Annual report of the Bengal Veterinary College and of the Civil Veterinary Department, Bengal, for the year 1919-20 - 1919-1920
Year: 1919
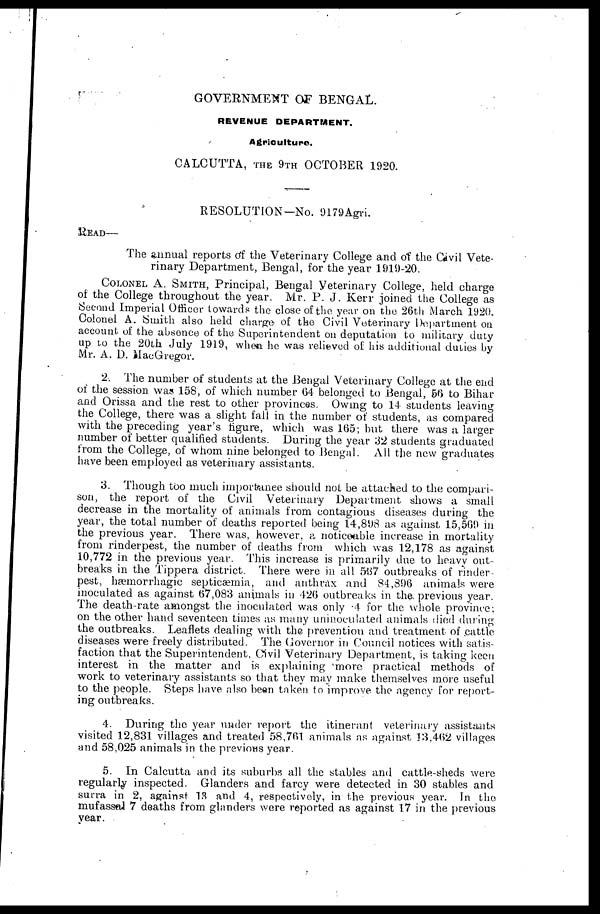
GOVERNMENT OF BENGAL.
REVENUE DEPARTMENT.
Agriculture.
CALCUTTA, THE 9TH OCTOBER 1920.
RESOLUTION—No. 9179Agri.
READ—
The annual reports of the Veterinary College and of the Civil Vete-
rinary Department, Bengal, for the year 1919-20.
COLNEL A. SMITH, Principal, Bengal Veterinary College, held charge
of the College throughout the year. Mr. P. J. Kerr joined the College as
Second Imperial Officer towards the close of the year on the 26th March 1920.
Colonel A. Smith also held charge of the Civil Veterinary Department on
account of the absence of the Superintendent on deputation to military duty
up to the 20th July 1919, when he was relieved of his additional duties by
Mr. A. D. MacGregor.
2. The number of students at the Bengal Veterinary College at the end
of the session was 158, of which number 64 belonged to Bengal, 56 to Bihar
and Orissa and the rest to other provinces. Owing to 14 students leaving
the College, there was a slight fall in the number of students, as compared
with the preceding year's figure, which was 165; but there was a larger
number of better qualified students. During the year 32 students graduated
from the College, of whom nine belonged to Bengal. All the new graduates
have been employed as veterinary assistants.
3. Though too much importance should not be attached to the compari-
son, the report of the Civil Veterinary Department shows a small
decrease in the mortality of animals from contagious diseases during the
year, the total number of deaths reported being 14,898 as against 15,569 in
the previous year. There was, however, a noticeable increase in mortality
from rinderpest, the number of deaths from which was 12,178 as against
10,772 in the previous year. This increase is primarily due to heavy out-
breaks in the Tippera district. There were in all 537 outbreaks of rinder-
pest, hæmorrhagic septicæmia, and anthrax and 84,896 animals were
inoculated as against 67,083 animals in 426 outbreaks in the. previous year.
The death-rate amongst the inoculated was only 4 for the whole province;
on the other hand seventeen times as many uninoculated animals died during
the outbreaks. Leaflets dealing with the prevention and treatment of cattle
diseases were freely distributed. The Governor in Council notices with satis-
faction that the Superintendent, Civil Veterinary Department, is taking keen
interest in the matter and is explaining 'more practical methods of
work to veterinary assistants so that they may make themselves more useful
to the people. Steps have also been taken to improve the agency for report-
ing outbreaks.
4. During the year under report the itinerant veterinary assistants
visited 12,831 villages and treated 58,761 animals as against 13,462 villages
and 58,025 animals in the previous year.
5. In Calcutta and its suburbs all the stables and cattle-sheds were
regularly inspected. Glanders and farcy were detected in 30 stables and
surra in 2, against 13 and 4, respectively, in the previous year. In the
mufassal 7 deaths from glanders were reported as against 17 in the previous
year.